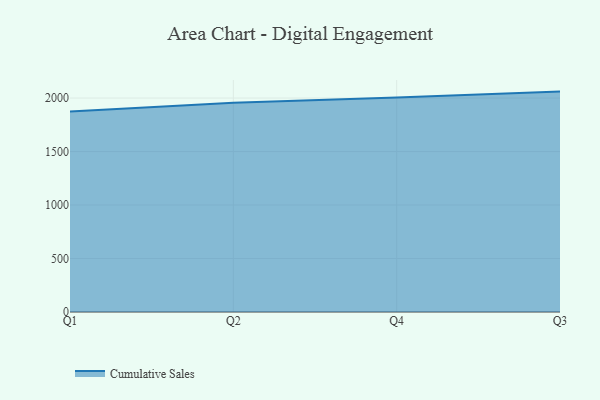
{"axis": {"x": "Quarter", "y": "Temperature (°C)"}, "legend": ["Cumulative Sales"], "data": [{"x": "Q1", "y": 1875.5, "type": "Cumulative Sales"}, {"x": "Q2", "y": 1956.1, "type": "Cumulative Sales"}, {"x": "Q4", "y": 2005.3, "type": "Cumulative Sales"}, {"x": "Q3", "y": 2060.4, "type": "Cumulative Sales"}]}